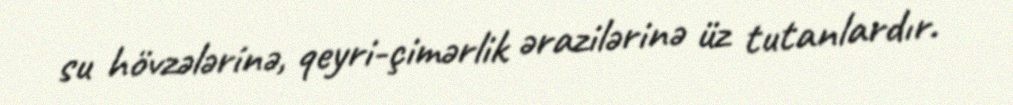
su hövzələrinə, qeyri-çimərlik ərazilərinə üz tutanlardır.